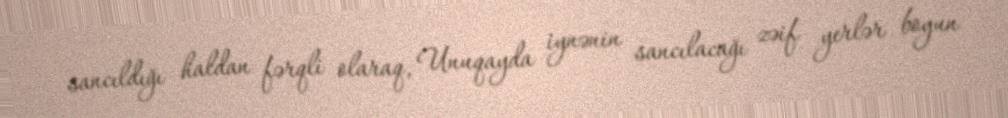
sancıldığı haldan fərqli olaraq, Unuqayda iynənin sancılacağı zəif yerlər boyun